Civil Veterinary Department ledger series I-VI
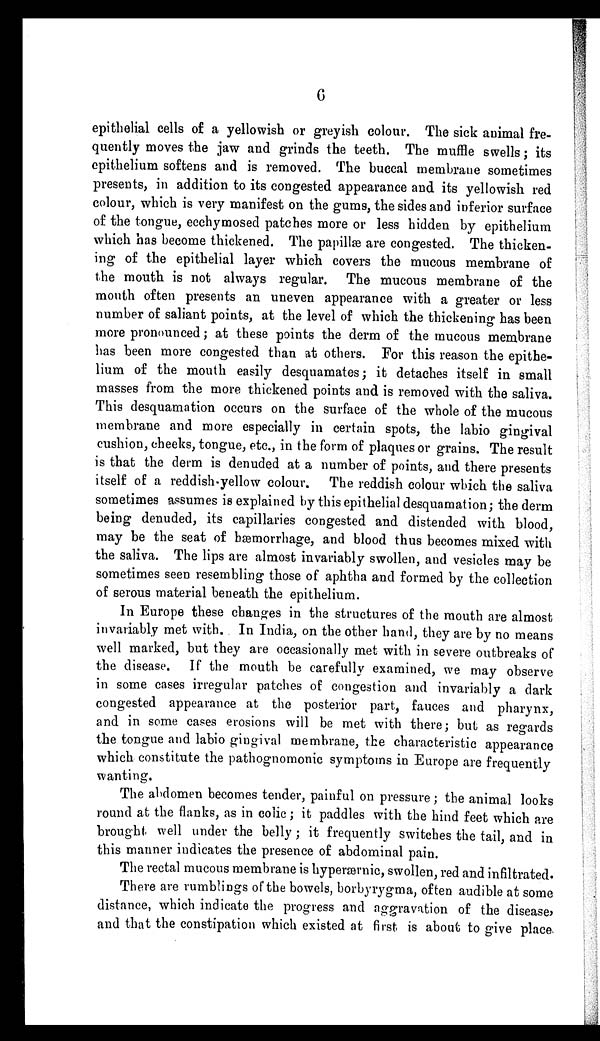
6
epithelial cells of a yellowish or greyish colour. The sick animal fre-
quently moves the jaw and grinds the teeth. The muffle swells; its
epithelium softens and is removed. The buccal membrane sometimes
presents, in addition to its congested appearance and its yellowish red
colour, which is very manifest on the gums, the sides and inferior surface
of the tongue, ecchymosed patches more or less hidden by epithelium
which has become thickened. The papillæ are congested. The thicken-
ing of the epithelial layer which covers the mucous membrane of
the mouth is not always regular. The mucous membrane of the
mouth often presents an uneven appearance with a greater or less
number of saliant points, at the level of which the thickening has been
more pronounced; at these points the derm of the mucous membrane
has been more congested than at others. For this reason the epithe-
lium of the mouth easily desquamates; it detaches itself in small
masses from the more thickened points and is removed with the saliva.
This desquamation occurs on the surface of the whole of the mucous
membrane and more especially in certain spots, the labio gingival
cushion, cheeks, tongue, etc., in the form of plaques or grains. The result
is that the derm is denuded at a number of points, and there presents
itself of a reddish-yellow colour. The reddish colour which the saliva
sometimes assumes is explained by this epithelial desquamation; the derm
being denuded, its capillaries congested and distended with blood,
may be the seat of hæmorrhage, and blood thus becomes mixed "with
the saliva. The lips are almost invariably swollen, and vesicles may be
sometimes seen resembling those of aphtha and formed by the collection
of serous material beneath the epithelium.
In Europe these changes in the structures of the mouth are almost
invariably met with. In India, on the other hand, they are by no means
well marked, but they are occasionally met with in severe outbreaks of
the disease. If the mouth be carefully examined, we may observe
in some cases irregular patches of congestion and invariably a dark
congested appearance at the posterior part, fauces and pharynx,
and in some cases erosions will be met with there; but as regards
the tongue and labio gingival membrane, the characteristic appearance
which constitute the pathognomonic symptoms in Europe are frequently
wanting.
The abdomen becomes tender, painful on pressure; the animal looks
round at the flanks, as in colic; it paddles with the hind feet which are
brought well under the belly; it frequently switches the tail, and in
this manner indicates the presence of abdominal pain.
The rectal mucous membrane is hyperærnic, swollen, red and infiltrated.
There are rumblings of the bowels, borbyrygma, often audible at some
distance, which indicate the progress and aggravation of the disease,
and that the constipation which existed at first is about to give place